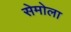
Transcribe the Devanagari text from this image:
सेमोला